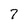
Character: 7